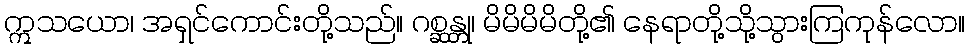
ဣသယော၊ အရှင်ကောင်းတို့သည်။ ဂစ္ဆန္တု၊ မိမိမိမိတို့၏ နေရာတို့သို့သွားကြကုန်လော။